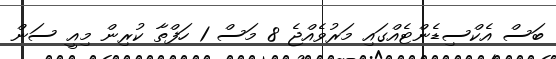
ބަސް އެކްސިޑެންޓެއްގައި މަރުވެއްޖެ 8 މަސް 1 ހަފްތާ ކުރިން މިއީ ސަން